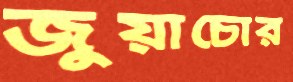
জুয়াচোর